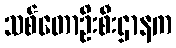
သစ်တောဦးစီးဌာနက